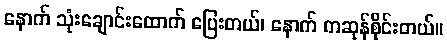
နောက် သုံးချောင်းထောက် ပြေးတယ်၊ နောက် ကဆုန်စိုင်းတယ်။